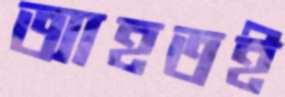
আহতই